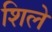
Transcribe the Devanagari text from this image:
शिले